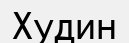
Худин